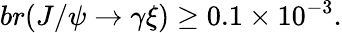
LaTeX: br(J/\psi\rightarrow\gamma\xi)\geq 0.1\times 10^{-3}.